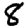
Digit: 8